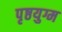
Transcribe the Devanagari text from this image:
पृष्ठयुग्म